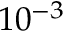
1 0 ^ { - 3 }